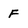
Character: F